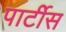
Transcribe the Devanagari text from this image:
पार्टीस